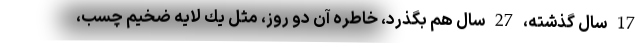
17 سال گذشته، 27 سال هم بگذرد، خاطره آن دو روز، مثل يك لايه ضخيم چسب،